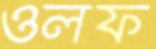
ওলফ